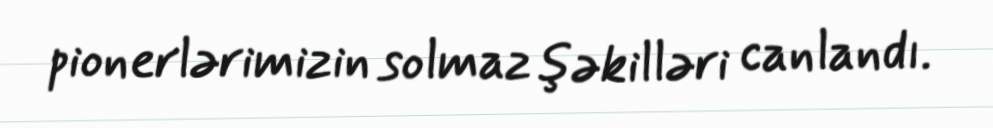
pionerlərimizin solmaz şəkilləri canlandı.